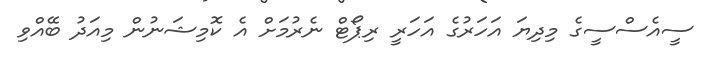
ސީއެސްސީގެ މިދިޔަ އަހަރުގެ އަހަރީ ރިޕޯޓް ނެރުމަށް އެ ކޮމިޝަނުން މިއަދު ބޭއްވި